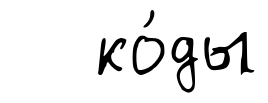
ко́ды